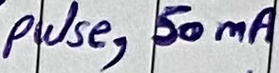
Text: LED